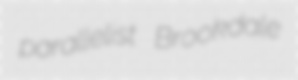
parallelist Brookdale